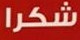
شكرا